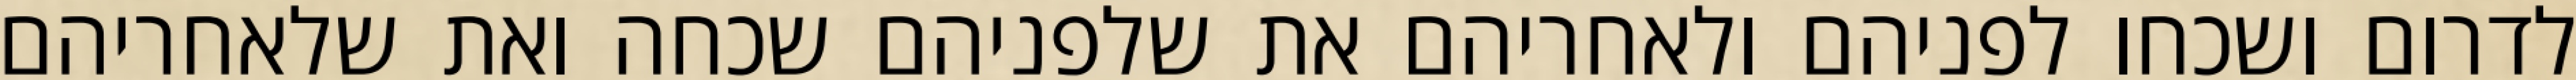
לדרום ושכחו לפניהם ולאחריהם את שלפניהם שכחה ואת שלאחריהם